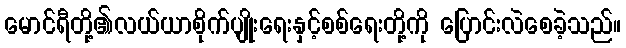
မောင်ရီတို့၏လယ်ယာစိုက်ပျိုးရေးနှင့်စစ်ရေးတို့ကို ပြောင်းလဲစေခဲ့သည်။